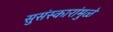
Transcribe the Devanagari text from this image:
सुसंस्कारांमुळे